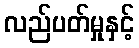
လည်ပတ်မှုနှင့်